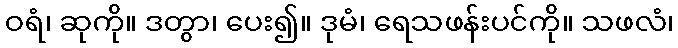
ဝရံ၊ ဆုကို။ ဒတွာ၊ ပေး၍။ ဒုမံ၊ ရေသဖန်းပင်ကို။ သဖလံ၊